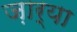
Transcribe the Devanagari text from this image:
ज़ार्या